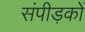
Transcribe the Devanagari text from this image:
संपीड़कों